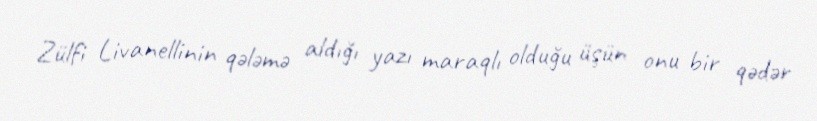
Zülfi Livanellinin qələmə aldığı yazı maraqlı olduğu üşün onu bir qədər